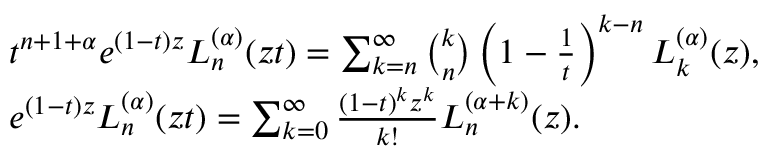
{ \begin{array} { r l } & { t ^ { n + 1 + \alpha } e ^ { ( 1 - t ) z } L _ { n } ^ { ( \alpha ) } ( z t ) = \sum _ { k = n } ^ { \infty } { \binom { k } { n } } \left( 1 - { \frac { 1 } { t } } \right) ^ { k - n } L _ { k } ^ { ( \alpha ) } ( z ) , } \\ & { e ^ { ( 1 - t ) z } L _ { n } ^ { ( \alpha ) } ( z t ) = \sum _ { k = 0 } ^ { \infty } { \frac { ( 1 - t ) ^ { k } z ^ { k } } { k ! } } L _ { n } ^ { ( \alpha + k ) } ( z ) . } \end{array} }